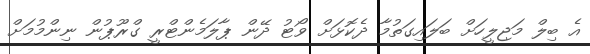
އެ ބިލް މަޖިލީހަށް ބަލައިގަތުމާ ދެކޮޅަށް ވޯޓު ދޭން ޕާލަމެންޓްރީ ގްރޫޕުން ނިންމުމަށް